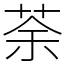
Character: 荼